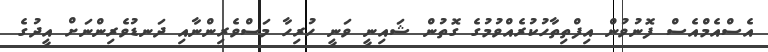
އެސްއެމްއެސް ފޮނުވުން އިފްތިތާހުކުރެއްވުމުގެ ގޮތުން ޝައިނީ ވަނީ ހުރިހާ މަސްވެރިންނާއި ދަނޑުވެރިންނަށް އީދުގެ